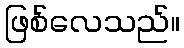
ဖြစ်လေသည်။